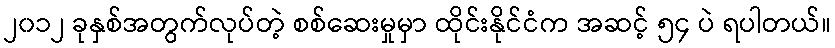
၂၀၁၂ ခုနှစ်အတွက်လုပ်တဲ့ စစ်ဆေးမှုမှာ ထိုင်းနိုင်ငံက အဆင့် ၅၄ ပဲ ရပါတယ်။